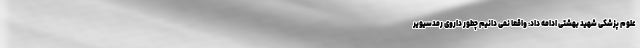
علوم پزشکی شهید بهشتی ادامه داد: واقعا نمی دانیم چطور داروی رمدسیویر